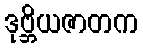
ဒုဗ္ဘိယဇာတက